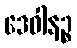
ဒေဝါနဉ္စ